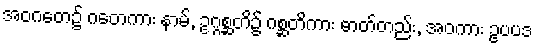
အဝဂတေ၌ ဂတေကား နာမ်, ဥဂ္ဂစ္ဆတိ၌ ဂစ္ဆတိကား ဓာတ်တည်း, အဝကား ဥပပဒ